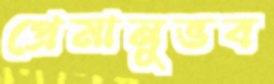
প্রেমানুভব